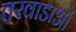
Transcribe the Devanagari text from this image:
तरवाडाओं